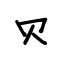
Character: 贝